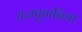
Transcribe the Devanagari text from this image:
राजपुतानिया